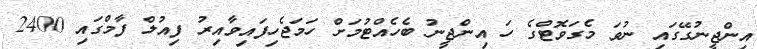
އިންޖީނުގޭގައި ނުވަ މެގަވޮޓްގެ ހަ އިންޖީނު ބެހެއްޓުމަށް ހަމަޖެހިފައިވާއިރު ފިއުލް ފާމްގައި 2400